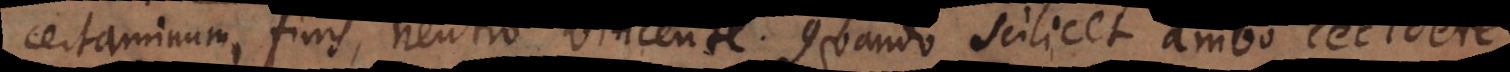
certaminum finis, neutro vincente. Quando scilicet ambo cecidere,